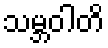
သမ္ဘဝါတိ